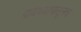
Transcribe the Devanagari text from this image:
पायथ्यापासूनच